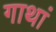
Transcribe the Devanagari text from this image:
गाथां